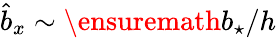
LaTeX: \hat{b}_{x}\sim\ensuremath{b_{\star}}/h